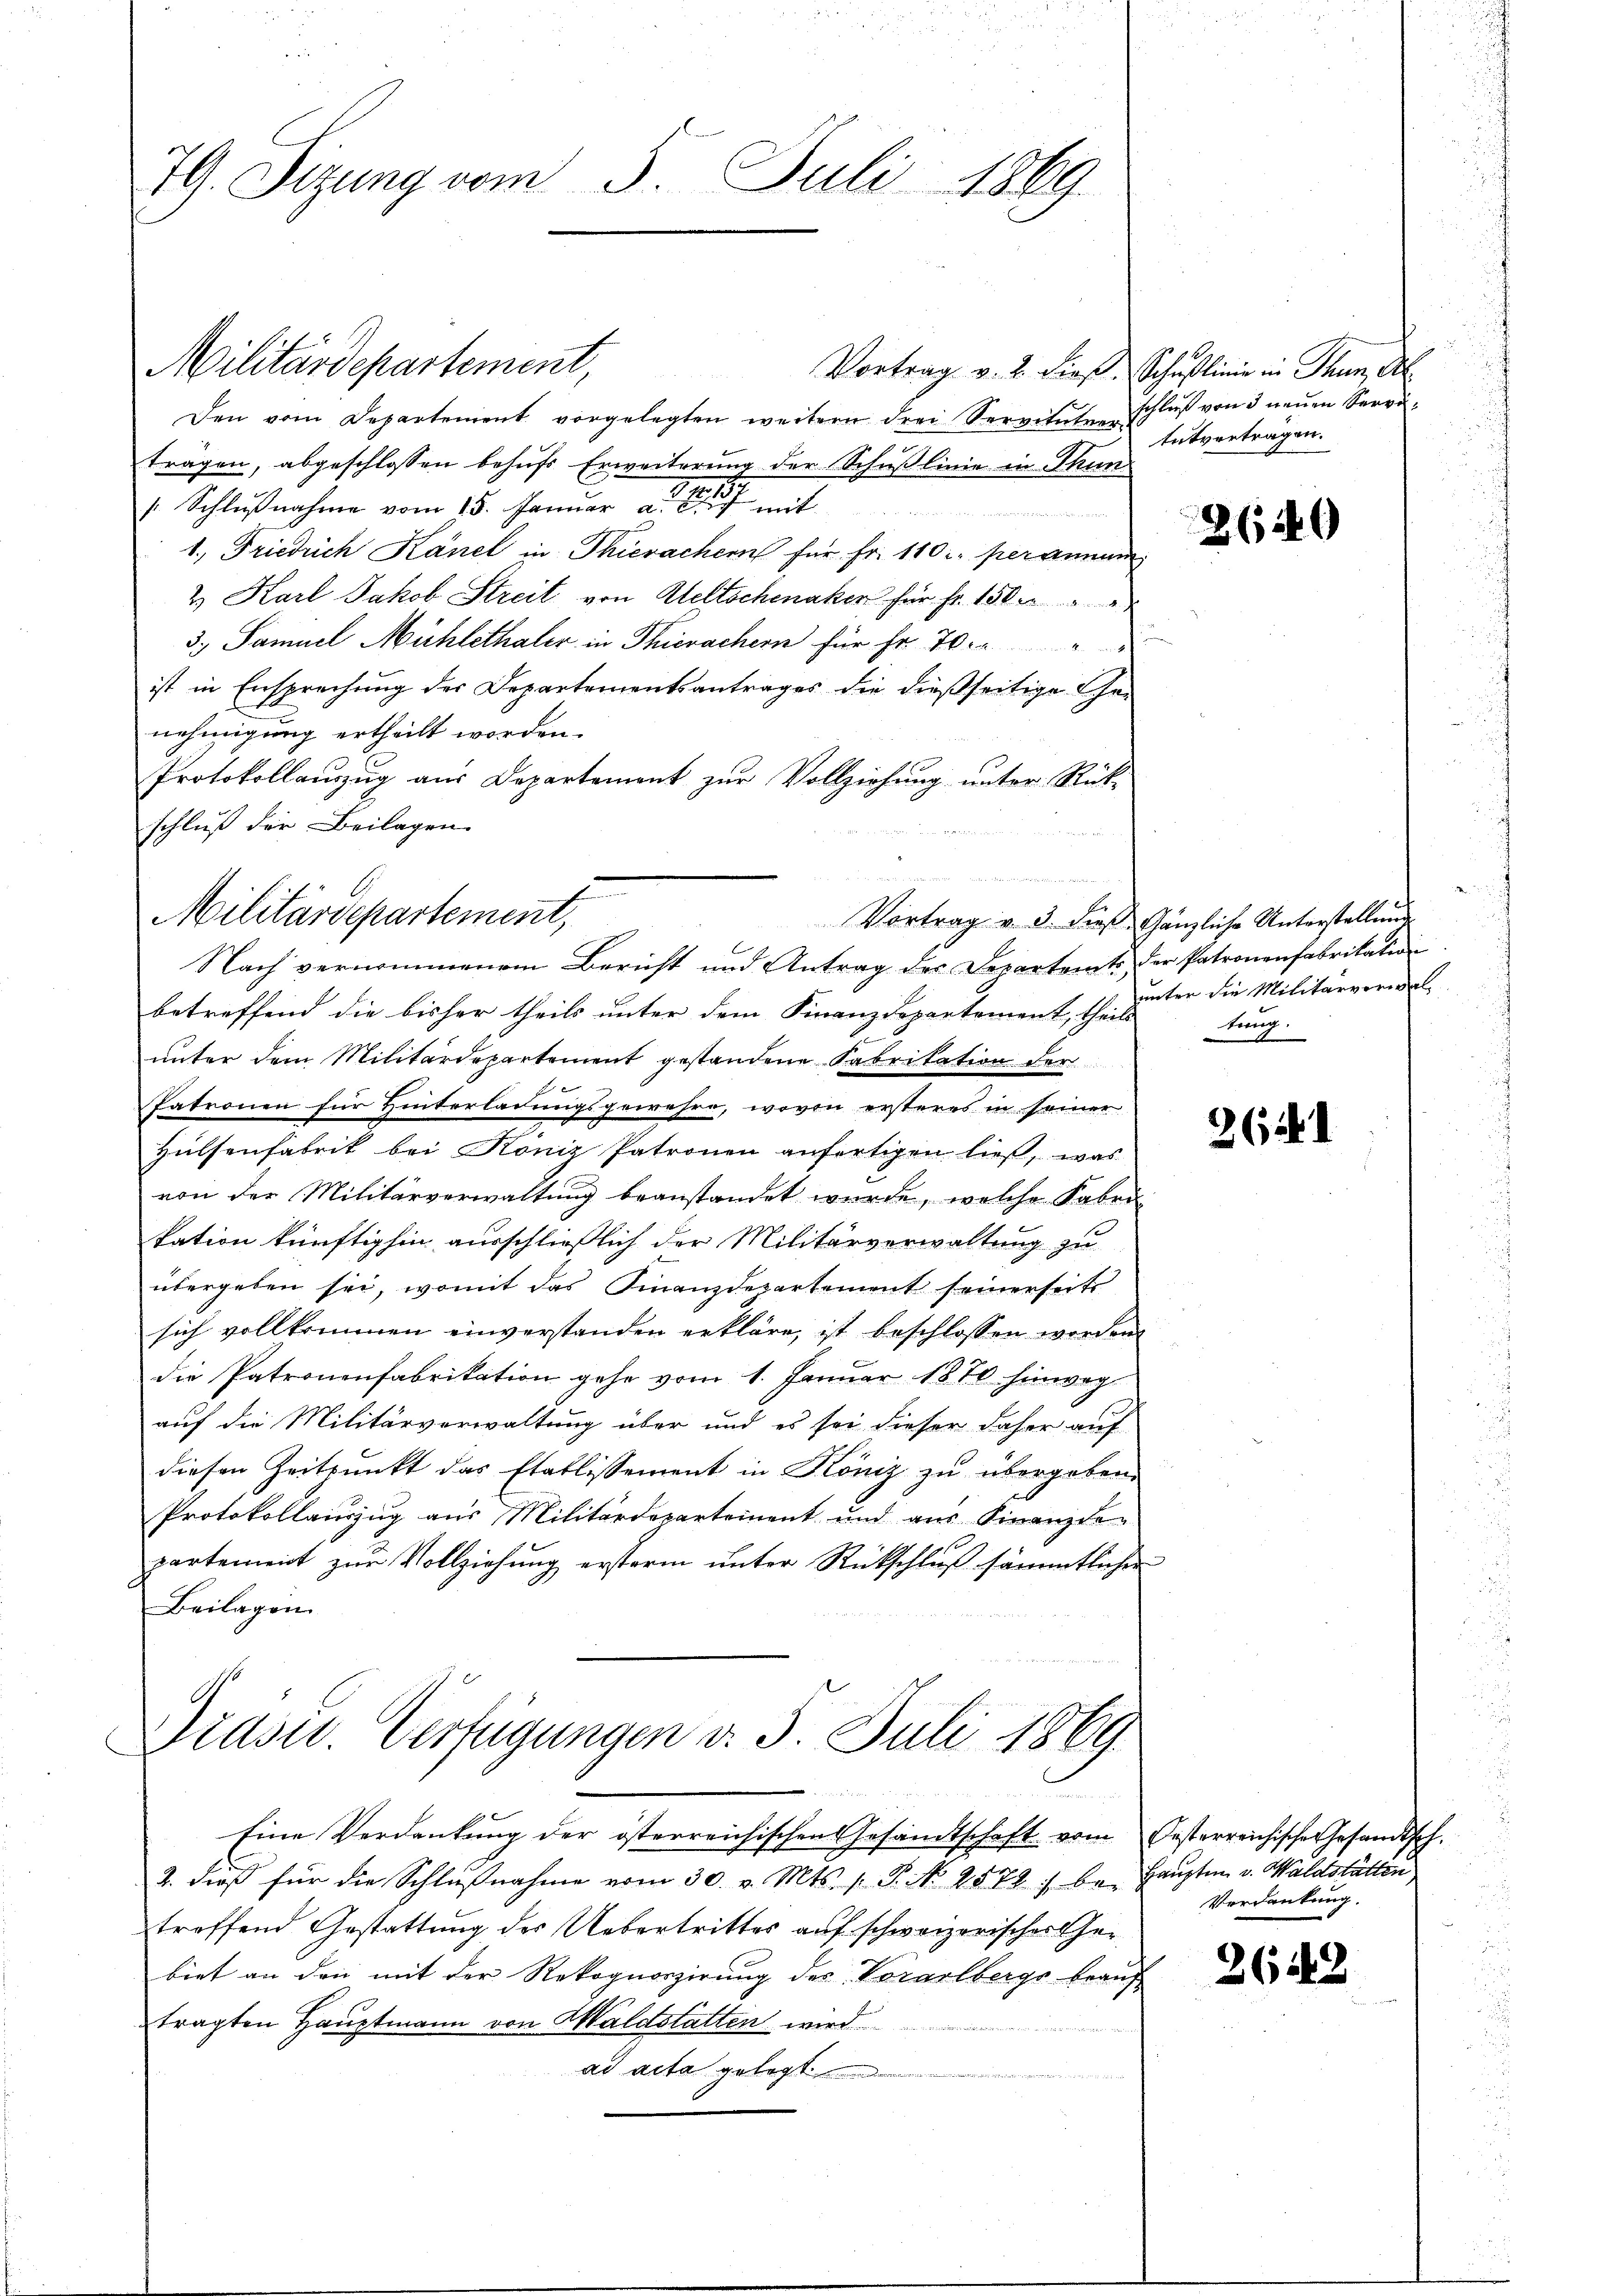
79. Sizung vom 3. Juli 1869

Den vom Departement vorgelegten weitern drei Servitutverträgen, abgeschlossen behufs Erweiterung der Schußlinie in Thun
s. Schlußnahme vom 15. Januar a. u. mit
1. Friedrich Känel in Thierachern für Fr. 110 per annam
2. Karl Jakob Streit von Ateltschenaker für Fr. 150
3.) Samuel Mühlethaler in Thierachern für Fr. 70. " "
ist in Ensprechung des Departementsantrages die dießseitige Genehmigung ertheilt worden.
Protokollanzug aus Departement zur Vollziehung unter Rück-
schluß der Beilagen.

d die
Vortrag v. 3. dieß. Gänzliche Unterstellung
Nach vernommenem Bericht und Antrag des Departents der Patronenfabrikation
betreffend die bisher theils unter dem Finanzdepartement, theilstung.
unter dem Militärdepartement gestandene Fabrikation der
2
Patronen für Hinterladungsgewehre, wovon ersteres in seiner
Hülsenfabrik bei Köniz Patronen anfertigen ließ, was
von der Militärverwaltung beanstandet wurde, welche Fabrikation künftighin ausschließlich der Militärverwaltung zu
übergeben sei, womit das Finanzdepartement seinerseits
sich vollkommen einverstanden erkläre, ist beschlossen worden.
die Patronenfabrikation gehe vom 1. Januar 1870 hinweg
auf die Militärverwaltung über und es sei dieser daher auf
diesen Zeitpunkt das Etablissement in Köniz zu übergeben.
Protokollauszug aus Militärdepartement und aus Finanzkon
partement zur Vollziehung erstern unter Rückschluß sämmtlicher
Beilagen.

Militärdepartement,

Militärdepartement,

Drasil. Verfügungen v. 3. Juli 1869.
1

Vortrag v. 2. dieß. Schulinie in Thun, Al
schluß von 3 neuen Servitutvertragen.

Eine Verdankŭng der österreichischen Gesandtschaft vom Oesterreichische Gesandtsch.
2. dieβ für die Schlŭβnahme vom 30. v. Mts. v. P. No 2578 / be- Haŭptm. v. Waldstätten
treffend Gestattung der Uebertrittes auf schweizerisches Gebiet an den mit der Rekognoszirung des Vorarlbergs beauf
tragten Hauptmann von Waldstatten wird
ad acta gelegt
u

2640

unter die Militärverwal¬

264. 1

Verdankung.

2648